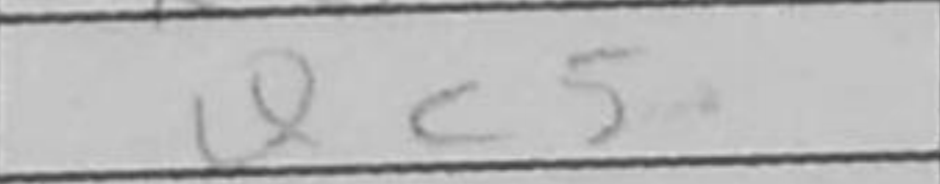
Transcription: Qc5